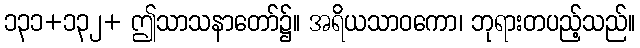
၁၃၁+၁၃၂+ ဤသာသနာတော်၌။ အရိယသာဝကော၊ ဘုရားတပည့်သည်။